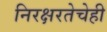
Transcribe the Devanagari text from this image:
निरक्षरतेचेही